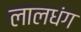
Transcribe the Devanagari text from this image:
लालधंग